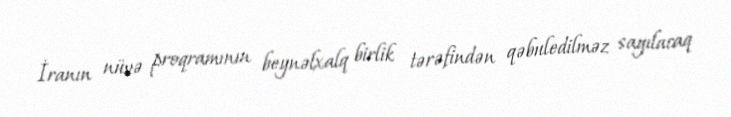
İranın nüvə proqramının beynəlxalq birlik tərəfindən qəbuledilməz sayılacaq